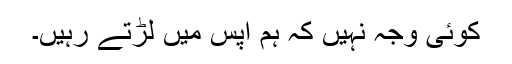
کوئی وجہ نہیں کہ ہم آپس میں لڑتے رہیں۔